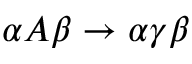
\alpha A \beta \rightarrow \alpha \gamma \beta